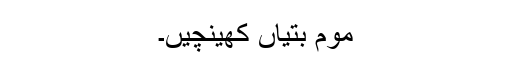
موم بتیاں کھینچیں۔